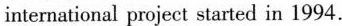
international project started in 1994.